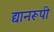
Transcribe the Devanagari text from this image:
द्यानरूपी